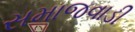
સમાજવાડી